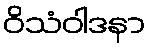
ဝိသံဝါဒနာ